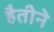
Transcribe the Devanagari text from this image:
हैतीने